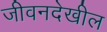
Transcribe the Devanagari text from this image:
जीवनदेखील